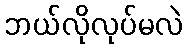
ဘယ်လိုလုပ်မလဲ